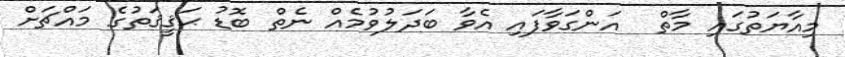
މިއާޔަތުގައި މާތް  އަންގަވާފައި އެވާ ބަދަލުވުމެއް ނެތް ބޮޑު ޙަޤީޤަތުގެ މައްޗަށް